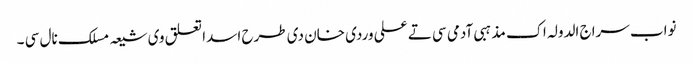
نواب سراج الدولہ اک مذہبی آدمی سی تے علی وردی خان دی طرح اسدا تعلق وی شیعہ مسلک نال سی ۔